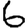
Digit: 6